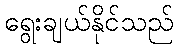
ရွေးချယ်နိုင်သည်